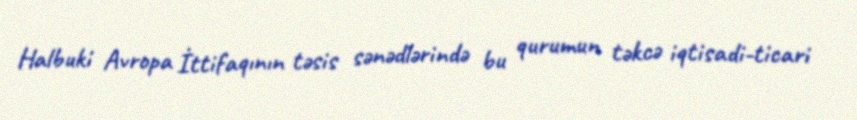
Halbuki Avropa İttifaqının təsis sənədlərində bu qurumun təkcə iqtisadi-ticari